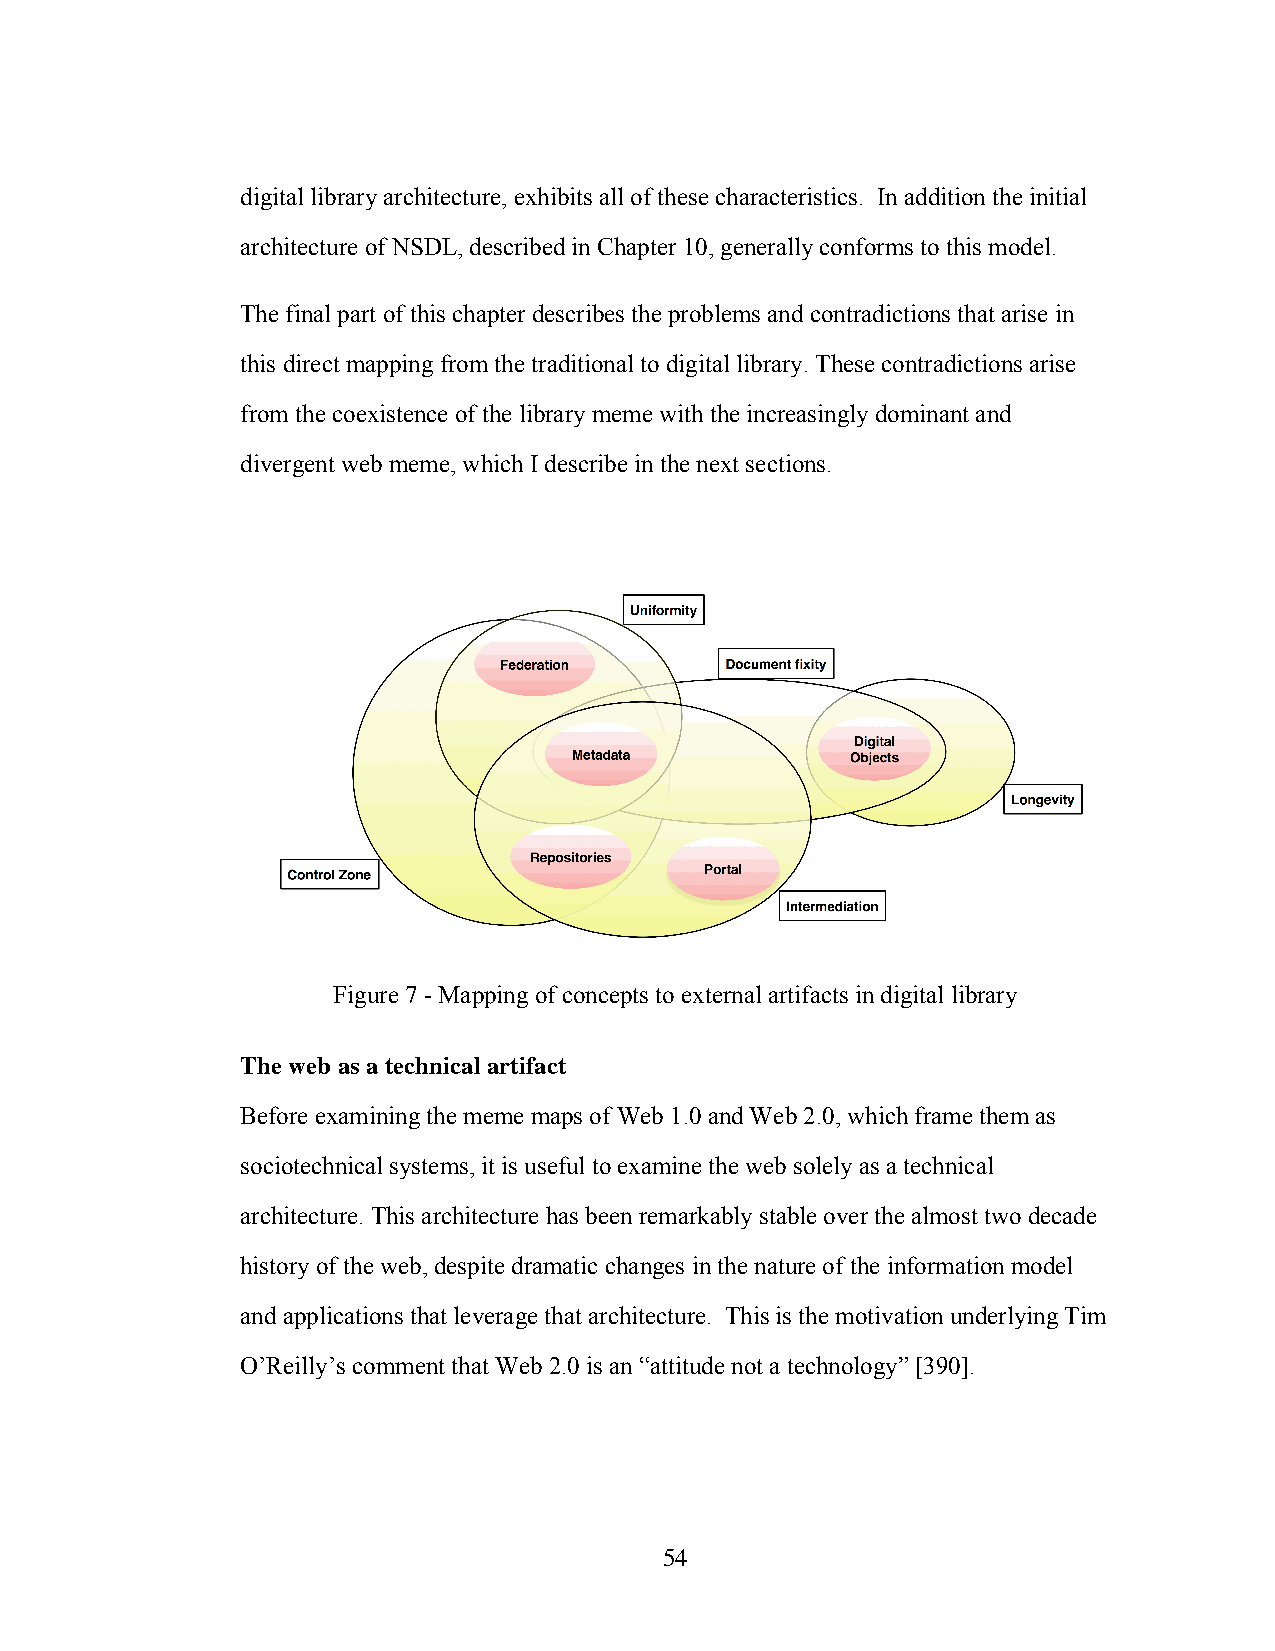
digital library architecture, exhibits all of these characteristics. In addition the initial
 architecture of NSDL, described in Chapter 10, generally conforms to this model.
 The final part of this chapter describes the problems and contradictions that arise in
 this direct mapping from the traditional to digital library. These contradictions arise
 from the coexistence of the library meme with the increasingly dominant and
 divergent web meme, which I describe in the next sections.
 Figure 7 - Mapping of concepts to external artifacts in digital library
 The web as a technical artifact
 Before examining the meme maps of Web 1.0 and Web 2.0, which frame them as
 sociotechnical systems, it is useful to examine the web solely as a technical
 architecture. This architecture has been remarkably stable over the almost two decade
 history of the web, despite dramatic changes in the nature of the information model
 and applications that leverage that architecture. This is the motivation underlying Tim
 O’Reilly’s comment that Web 2.0 is an “attitude not a technology” [390].
 54